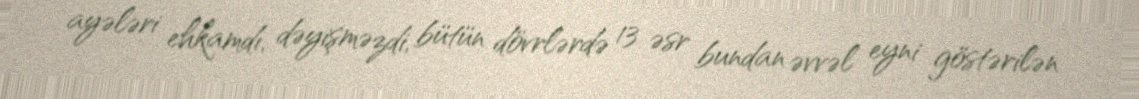
ayələri ehkamdı, dəyişməzdi, bütün dövrlərdə 13 əsr bundan əvvəl eyni göstərilən